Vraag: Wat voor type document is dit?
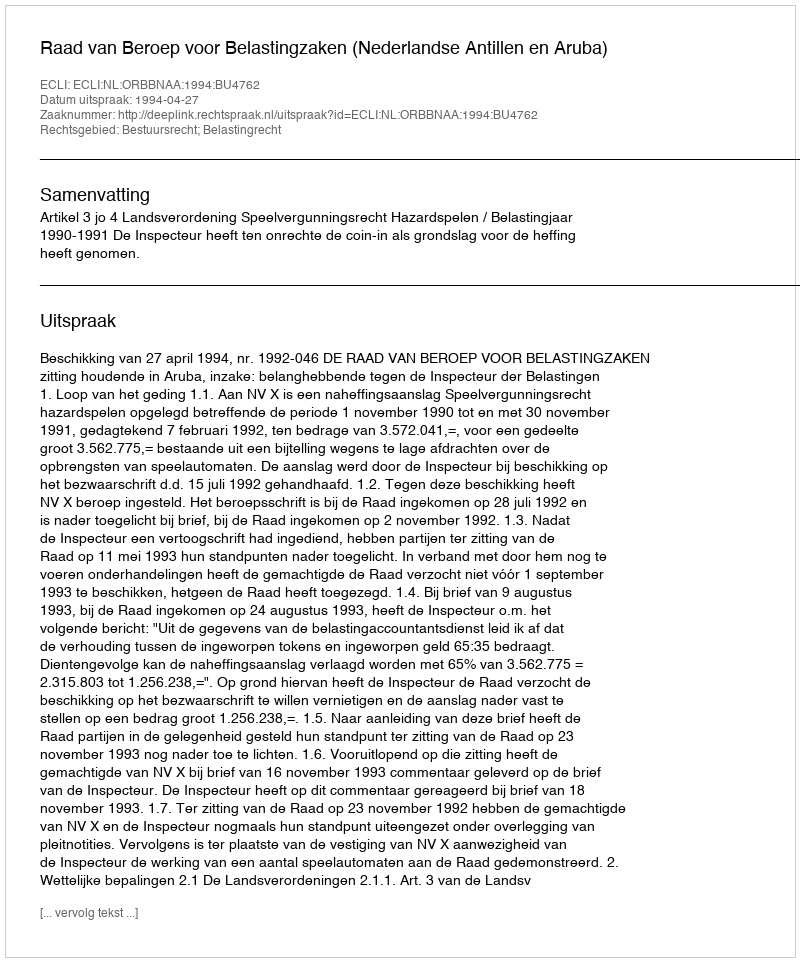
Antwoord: Uitspraak